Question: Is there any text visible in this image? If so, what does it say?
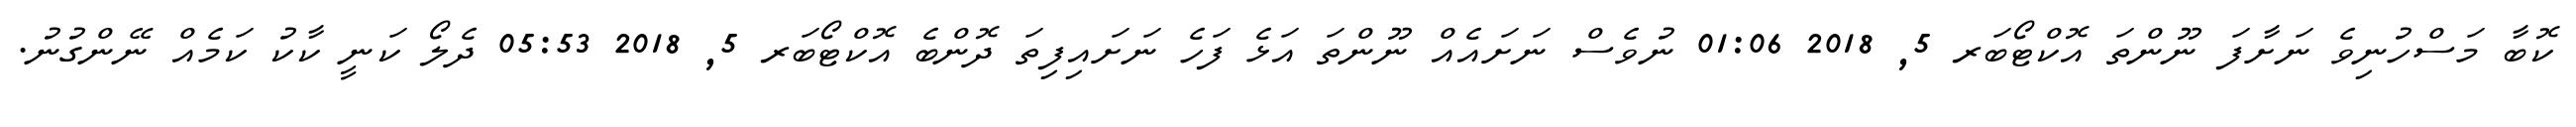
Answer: ކޮބާ މަސްހުނިވެ ނަށާފަ ނޫންތަ އޮކްޓޯބަރ 5, 2018 01:06 ނުވެސް ނަށައެއް ނޫންތަ އަޅެ ފަހެ ނަށައިފިތަ ދޮންބެ އޮކްޓޯބަރ 5, 2018 05:53 ދެލޯ ކަނީ ކާކު ކަމެއް ނޭންގުނު.